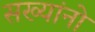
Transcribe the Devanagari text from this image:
सख्यांनो